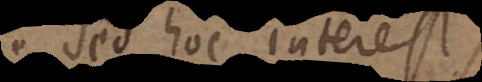
Sed hoc interest,